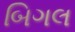
બિગલ